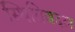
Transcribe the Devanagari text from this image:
स्थितिबदल